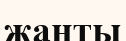
жаңты